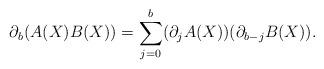
LaTeX: \begin{align*}\partial_b(A(X)B(X))=\sum\limits_{j=0}^{b}(\partial_j A(X))(\partial_{b-j}B(X)).\end{align*}